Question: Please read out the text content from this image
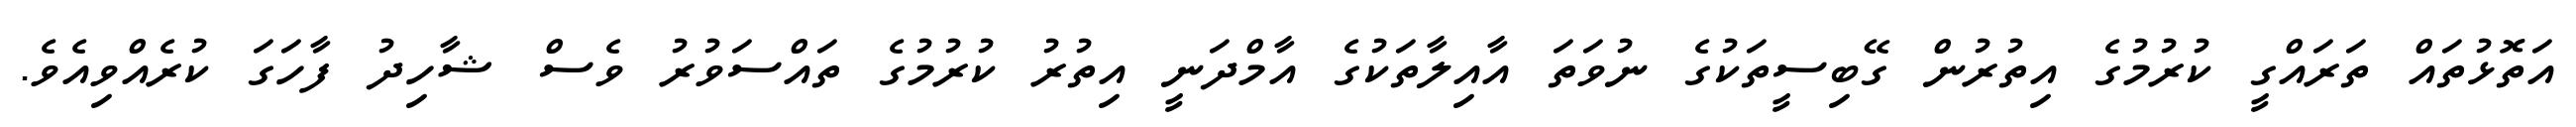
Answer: އަތޮޅުތައް ތަރައްގީ ކުރުމުގެ އިތުރުން ގޭބިސީތަކުގެ ނުވަތަ އާއިލާތަކުގެ އާމްދަނީ އިތުރު ކުރުމުގެ ތައްސަވުރު ވެސް ޝާހިދު ފާހަގަ ކުރެއްވިއެވެ.